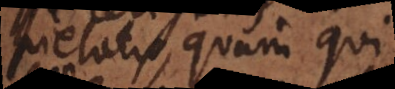
pietatis, quam qui